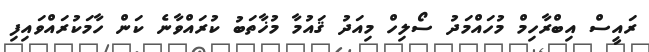
ރައީސް އިބްރާހިމް މުހައްމަދު ސޯލިހް މިއަދު ޤައުމާ މުޚާތަބު ކުރައްވާނެ ކަން ހާމަކުރައްވައިފި